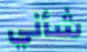
شأني